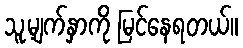
သူ့မျက်နှာကို မြင်နေရတယ်။